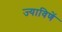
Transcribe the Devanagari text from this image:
ज्याविणें